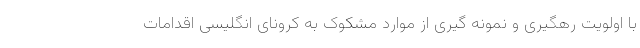
با اولویت رهگیری و نمونه گیری از موارد مشکوک به کرونای انگلیسی اقدامات